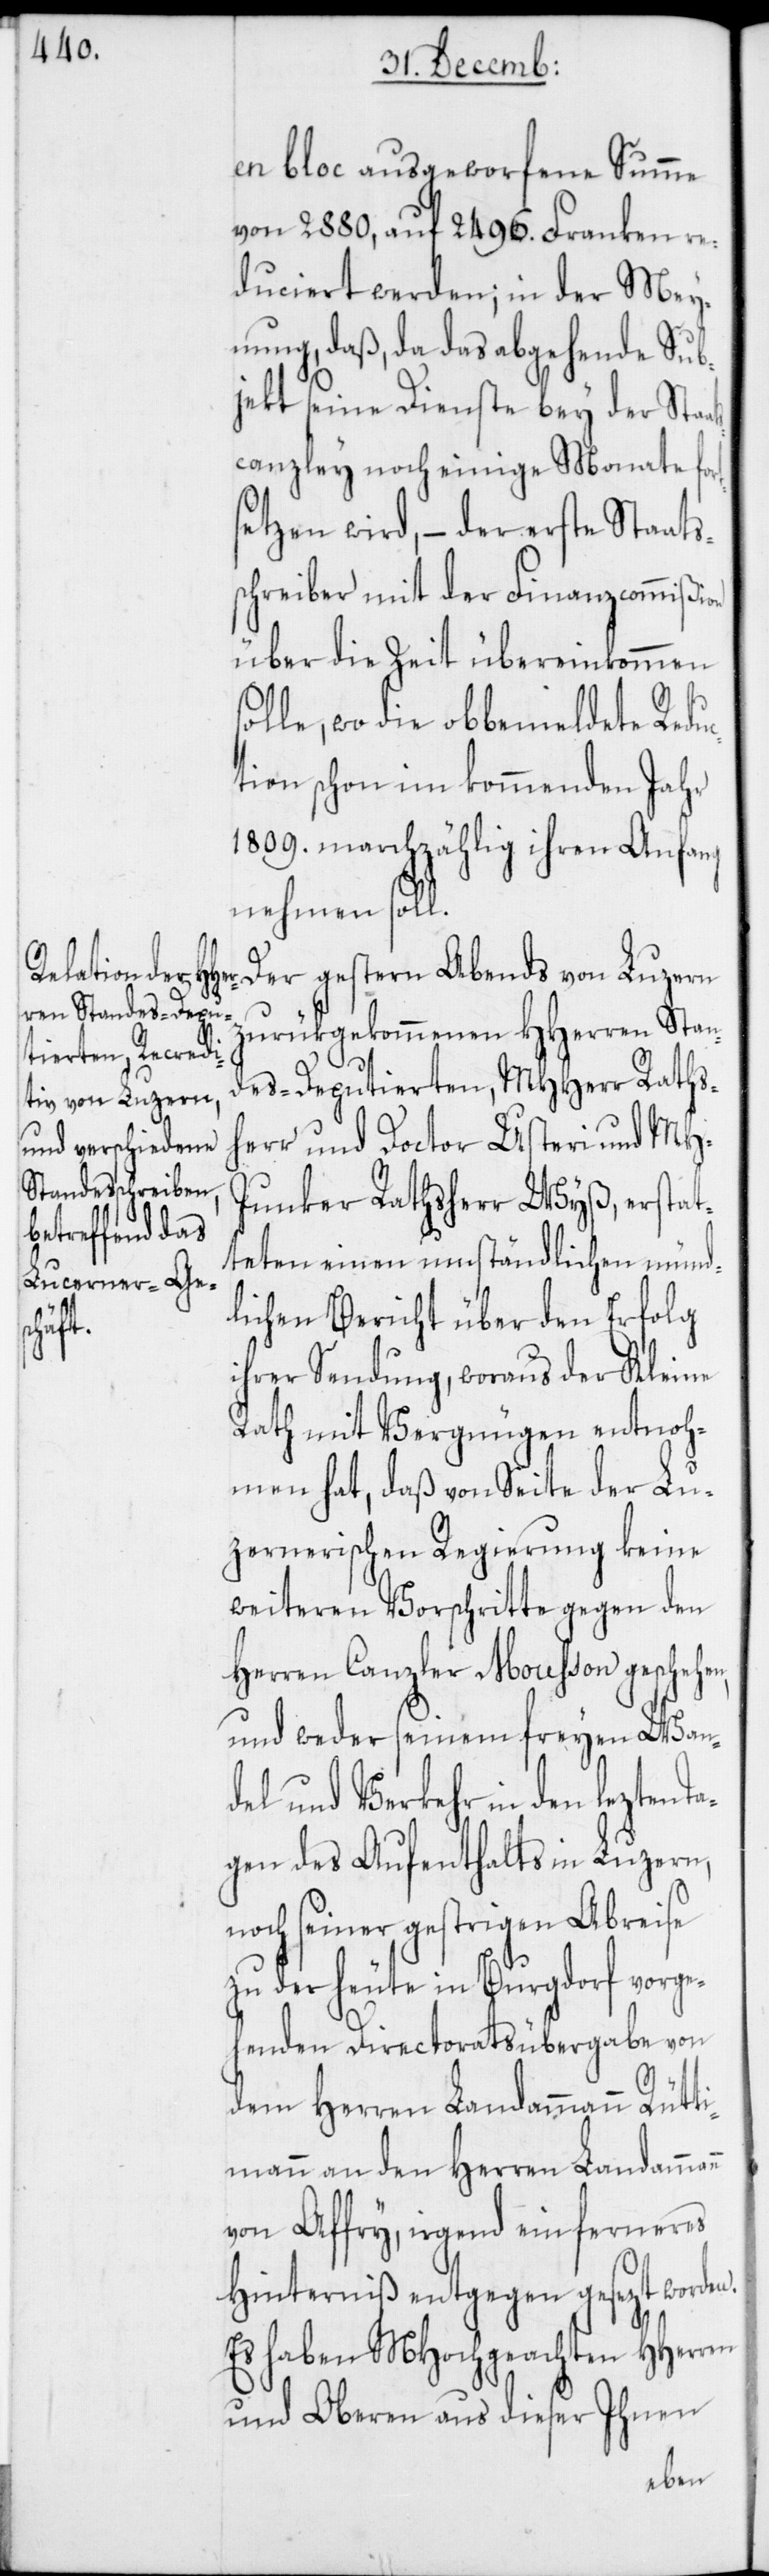
en bloc ausgeworfene Summe
von 2880, auf 2496. Franken re¬
duciert werden; in der Mey¬
nung, daß, da das abgehende Sub¬
jekt seine Dienste bey der Staa¬
tscanzley noch einige Monate fort¬
setzen wird, – der erste Staats¬
schreiber mit der Finanzcommißion
über die Zeit übereinkommen
solle, wo die obbemeldete Reduc¬
tion schon im kommenden Jahr
1809. marchzählig ihren Anfang
nehmen soll.
Der gestern Abends von Luzern
zurükgekommenen HHerren Stan¬
des-Deputierten, MHHerr Raths¬
herr und Doctor Usteri und MH-J¬
unker Rathsherr Wyß, erstat¬
teten einen umständlichen münd¬
lichen Bericht über den Erfolg
ihrer Sendung, woraus der Kleine
Rath mit Vergnügen entno¬
mmen hat, daß von Seite der Lu¬
zernerischen Regierung keine
weiteren Vorschritte gegen den
Herren Canzler Mousson gescheh¬
und weder seinem freyen Wan¬
del und Verkehr in den lezten T¬
agen des Aufenthalts in Luzern,
noch seiner gestrigen Abreise
zu der heute in Burgdorf vorge¬
henden Directoratsübergabe von
dem Herren Landammann Rütt¬
imann an den Herren Landamm¬
von Affry, irgend ein ferneres
Hinterniß entgegen gesezt worden.
Es haben MHochgeachten HHerren
und Oberen aus dieser Ihnen
ann